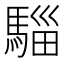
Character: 𮪌